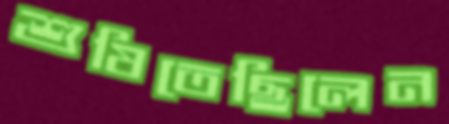
শুষিতেছিলেন